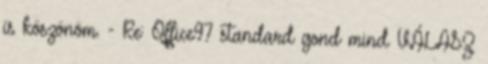
is köszönöm. - Re: Office97 standard gond mind VÁLASZ